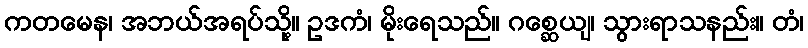
ကတမေန၊ အဘယ်အရပ်သို့။ ဥဒကံ၊ မိုးရေသည်။ ဂစ္ဆေယျ၊ သွားရာသနည်း။ တံ၊